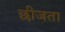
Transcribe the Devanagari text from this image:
छीजता